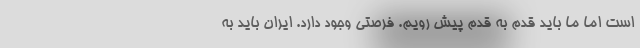
است اما ما باید قدم به قدم پیش رویم. فرصتی وجود دارد. ایران باید به